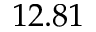
1 2 . 8 1